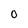
Character: 0